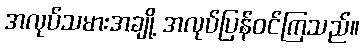
အလုပ်သမားအချို့ အလုပ်ပြန်ဝင်ကြသည်။